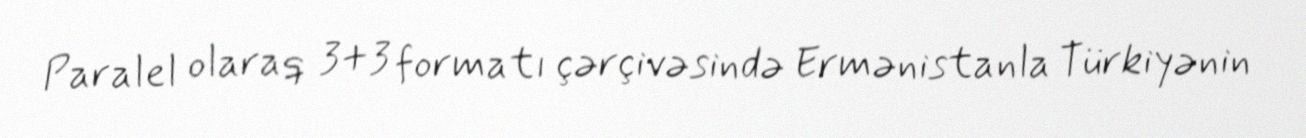
Paralel olaraq 3+3 formatı çərçivəsində Ermənistanla Türkiyənin